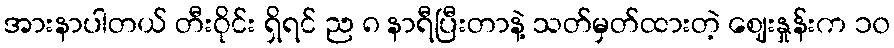
အားနာပါတယ် တီးဝိုင်း ရှိရင် ည ၈ နာရီပြီးတာနဲ့ သတ်မှတ်ထားတဲ့ ဈေးနှုန်းက ၁၀